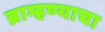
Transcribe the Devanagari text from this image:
ब्राम्हण्याचा